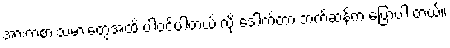
အားကစားသမားတွေအထိ ပါဝင်ပါတယ် လို့ ဒေါက်တာ ဘက်ဆန်က ပြောပါ တယ်။